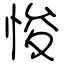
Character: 悛